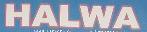
halwa